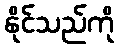
နိုင်သည်ကို